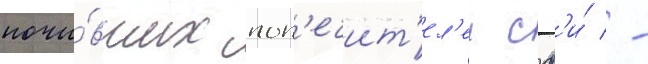
почи́вших поп'ечит'ел'еи сф'и́ -